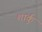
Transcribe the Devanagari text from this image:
शार्कु